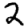
Digit: 2